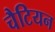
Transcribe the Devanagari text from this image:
चैटियन